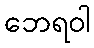
ဘေရဝါ